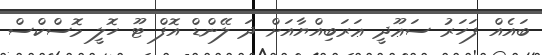
ބައެއް ފަހަރު ސަޢޫދީ ޢަރަބިއްޔާއަށް ދަ ލޭންޑް އޮފް ޓޫ ހޮލީ މޮސްކްސް